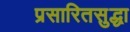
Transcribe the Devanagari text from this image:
प्रसारितसुद्धा